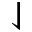
\downharpoonleft